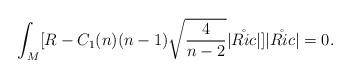
LaTeX: \begin{align*}\int_M [R-C_1(n)(n-1)\sqrt{\frac{4}{n-2}}|\mathring{Ric}|]|\mathring{Ric}|=0.\end{align*}